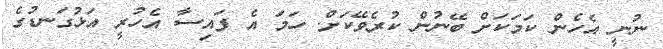
ނުނީ އެހެން ކަމަކަށް ބޭނުން ކުރެވޭކަށް. ހަމަ އެ ފައިސާ އެހުރީ އަޅުގަނޑުގެ